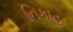
નિકાહ